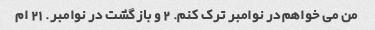
من می خواهم در نوامبر ترک کنم. 2 و بازگشت در نوامبر. 21 ام